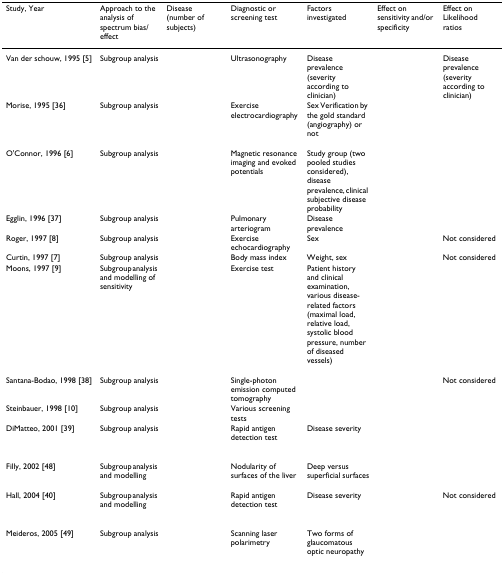
<table><thead><tr><td><b>Study, Year</b></td><td><b>Approach to the analysis of spectrum bias/effect</b></td><td><b>Disease (number of subjects)</b></td><td><b>Diagnostic or screening test</b></td><td><b>Factors investigated</b></td><td><b>Effect on sensitivity and/or specificity</b></td><td><b>Effect on Likelihood ratios</b></td></tr></thead><tbody><tr><td>Van der schouw, 1995 [5]</td><td>Subgroup analysis</td><td>[EMPTY_CELL]</td><td>Ultrasonography</td><td>Disease prevalence (severity according to clinician)</td><td>[EMPTY_CELL]</td><td>Disease prevalence (severity according to clinician)</td></tr><tr><td>Morise, 1995 [36]</td><td>Subgroup analysis</td><td>[EMPTY_CELL]</td><td>Exercise electrocardiography</td><td>Sex Verification by the gold standard (angiography) or not</td><td>[EMPTY_CELL]</td><td>[EMPTY_CELL]</td></tr><tr><td>O'Connor, 1996 [6]</td><td>Subgroup analysis</td><td>[EMPTY_CELL]</td><td>Magnetic resonance imaging and evoked potentials</td><td>Study group (two pooled studies considered), disease prevalence, clinical subjective disease probability</td><td>[EMPTY_CELL]</td><td>[EMPTY_CELL]</td></tr><tr><td>Egglin, 1996 [37]</td><td>Subgroup analysis</td><td>[EMPTY_CELL]</td><td>Pulmonary arteriogram</td><td>Disease prevalence</td><td>[EMPTY_CELL]</td><td>[EMPTY_CELL]</td></tr><tr><td>Roger, 1997 [8]</td><td>Subgroup analysis</td><td>[EMPTY_CELL]</td><td>Exercise echocardiography</td><td>Sex</td><td>[EMPTY_CELL]</td><td>Not considered</td></tr><tr><td>Curtin, 1997 [7]</td><td>Subgroup analysis</td><td>[EMPTY_CELL]</td><td>Body mass index</td><td>Weight, sex</td><td>[EMPTY_CELL]</td><td>Not considered</td></tr><tr><td>Moons, 1997 [9]</td><td>Subgroup analysis and modelling of sensitivity</td><td>[EMPTY_CELL]</td><td>Exercise test</td><td>Patient history and clinical examination, various disease-related factors (maximal load, relative load, systolic blood pressure, number of diseased vessels)</td><td>[EMPTY_CELL]</td><td>[EMPTY_CELL]</td></tr><tr><td>Santana-Bodao, 1998 [38]</td><td>Subgroup analysis</td><td>[EMPTY_CELL]</td><td>Single-photon emission computed tomography</td><td>[EMPTY_CELL]</td><td>[EMPTY_CELL]</td><td>Not considered</td></tr><tr><td>Steinbauer, 1998 [10]</td><td>Subgroup analysis</td><td>[EMPTY_CELL]</td><td>Various screening tests</td><td>[EMPTY_CELL]</td><td>[EMPTY_CELL]</td><td>[EMPTY_CELL]</td></tr><tr><td>DiMatteo, 2001 [39]</td><td>Subgroup analysis</td><td>[EMPTY_CELL]</td><td>Rapid antigen detection test</td><td>Disease severity</td><td>[EMPTY_CELL]</td><td>[EMPTY_CELL]</td></tr><tr><td>Filly, 2002 [48]</td><td>Subgroup analysis and modelling</td><td>[EMPTY_CELL]</td><td>Nodularity of surfaces of the liver</td><td>Deep versus superficial surfaces</td><td>[EMPTY_CELL]</td><td>[EMPTY_CELL]</td></tr><tr><td>Hall, 2004 [40]</td><td>Subgroup analysis and modelling</td><td>[EMPTY_CELL]</td><td>Rapid antigen detection test</td><td>Disease severity</td><td>[EMPTY_CELL]</td><td>Not considered</td></tr><tr><td>Meideros, 2005 [49]</td><td>Subgroup analysis</td><td>[EMPTY_CELL]</td><td>Scanning laser polarimetry</td><td>Two forms of glaucomatous optic neuropathy</td><td>[EMPTY_CELL]</td><td>[EMPTY_CELL]</td></tr></tbody></table>